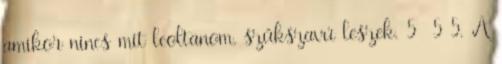
amikor nincs mit leoltanom, szűkszavú leszek. 5 5 5. A